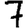
Digit: 7